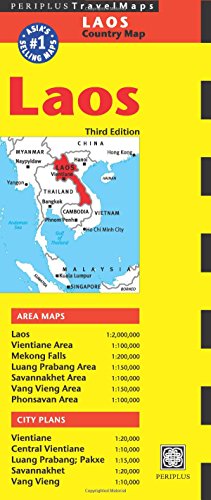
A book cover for Laos Travel Map Third Edition; Travel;